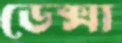
ডেক্সা